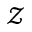
\mathcal { Z }